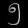
Digit: ၅